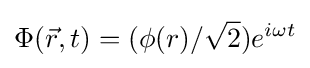
\Phi ({\vec {r}},t)=(\phi (r)/{\sqrt {2}})e^{i\omega t}